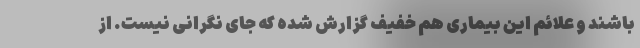
باشند و علائم این بیماری هم خفیف گزارش شده که جای نگرانی نیست. از